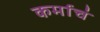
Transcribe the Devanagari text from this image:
कर्माचं